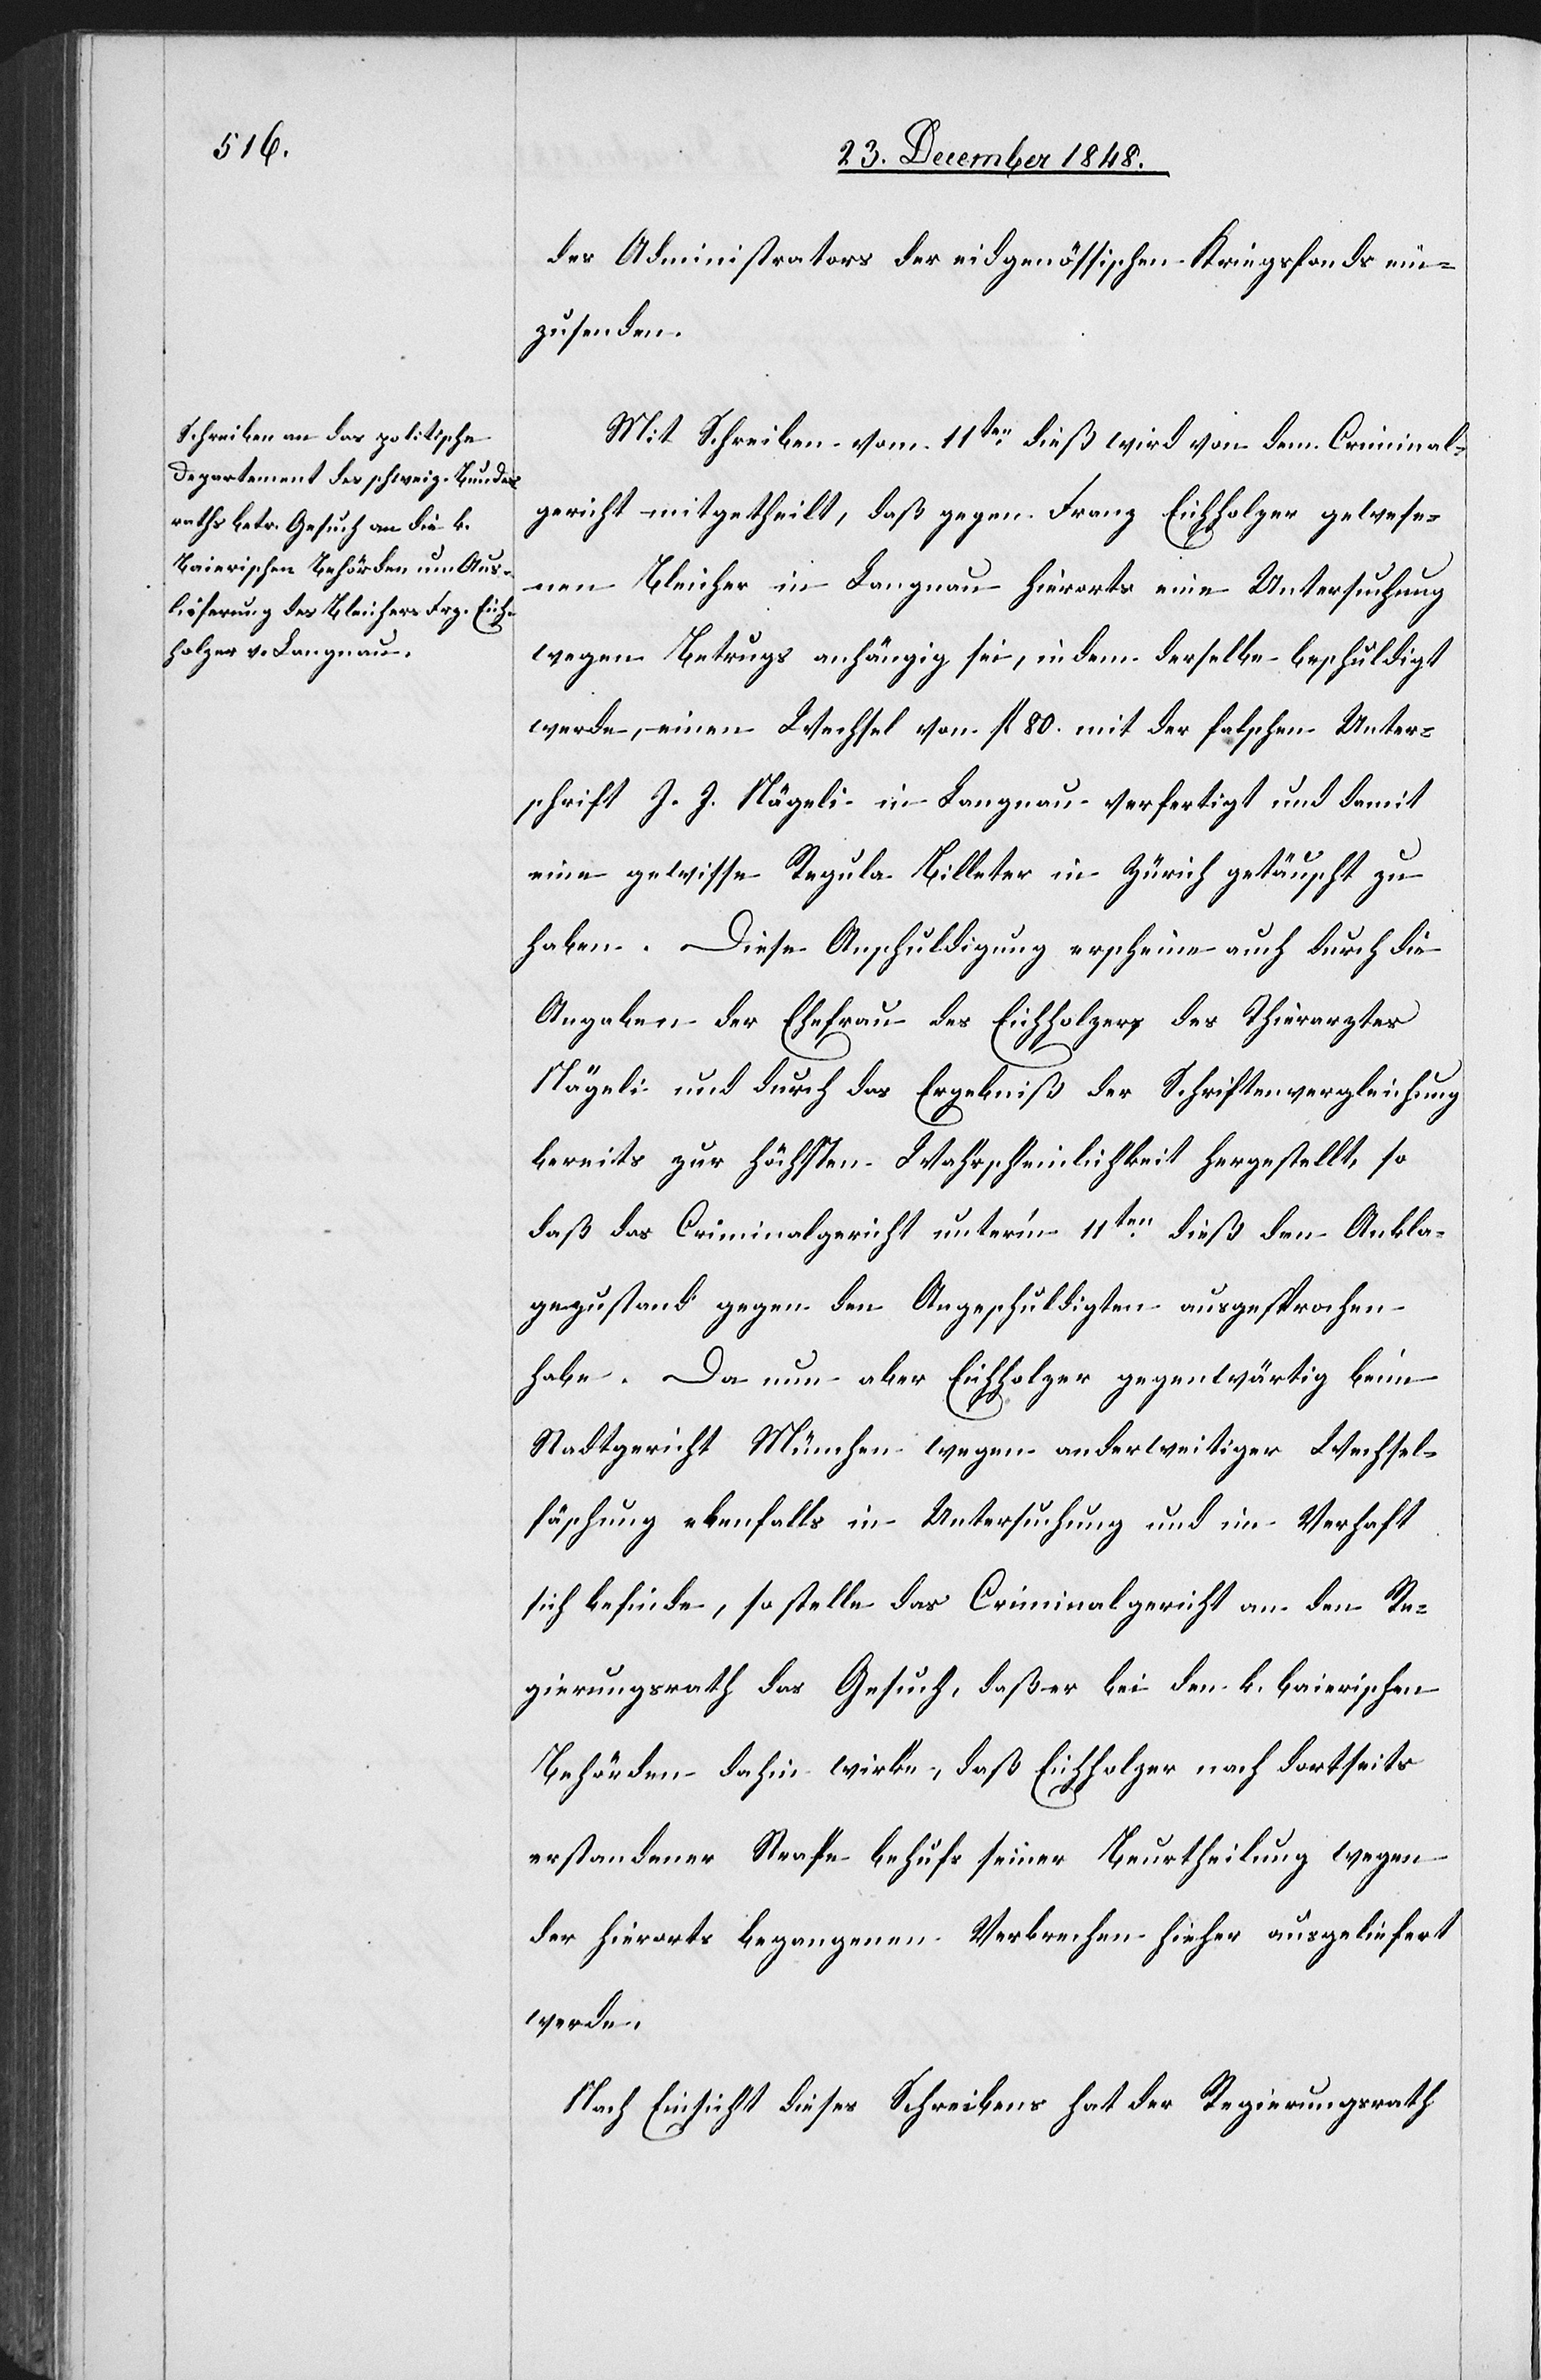
des Administrators der eidgenössischen Kriegsfonds ein¬
zusenden.
Mit Schreiben vom 11ten dieß wird von dem Criminal¬
gericht mitgetheilt, daß gegen Franz Eichholzer gewese¬
nen Bleicher in Langnau hierorts eine Untersuchung
wegen Betrugs anhängig sei, indem derselbe beschuldigt
werde, einen Wechsel von fl. 80. mit der falschen Unter¬
schrift J. J. Nägeli in Langnau verfertigt und damit
eine gewisse Regula Billeter in Zürich getäuscht zu
haben. Diese Anschuldigung erscheine auch durch die
Angaben der Ehefrau des Eichholzers, des Thierarztes
Nägeli und durch das Ergebniß der Schriftenvergleichung
bereits zur höchsten Wahrscheinlichkeit hergestellt, so
daß das Criminalgericht unter’m 11ten dieß den Ankla¬
gezustand gegen den Angeschuldigten ausgesprochen
habe. Da nun aber Eichholzer gegenwärtig beim
Stadtgericht München wegen anderweitiger Wechsel¬
fä[l]schung ebenfalls in Untersuchung und im Verhaft
sich befinde, so stelle das Criminalgericht an den Re¬
gierungsrath das Gesuch, daß er bei den k. baierischen
Behörden dahin wirke, daß Eichholzer nach dortseits
erstandener Strafe behufs seiner Beurtheilung wegen
der hierorts begangenen Verbrechen hieher ausgeliefert
werde.
Nach Einsicht dieses Schreibens hat der Regierungsrath